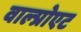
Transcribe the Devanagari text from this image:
वाल्प्रोएट